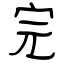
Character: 完